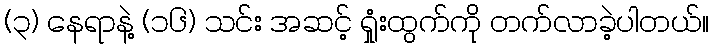
(၃) နေရာနဲ့ (၁၆) သင်း အဆင့် ရှုံးထွက်ကို တက်လာခဲ့ပါတယ်။